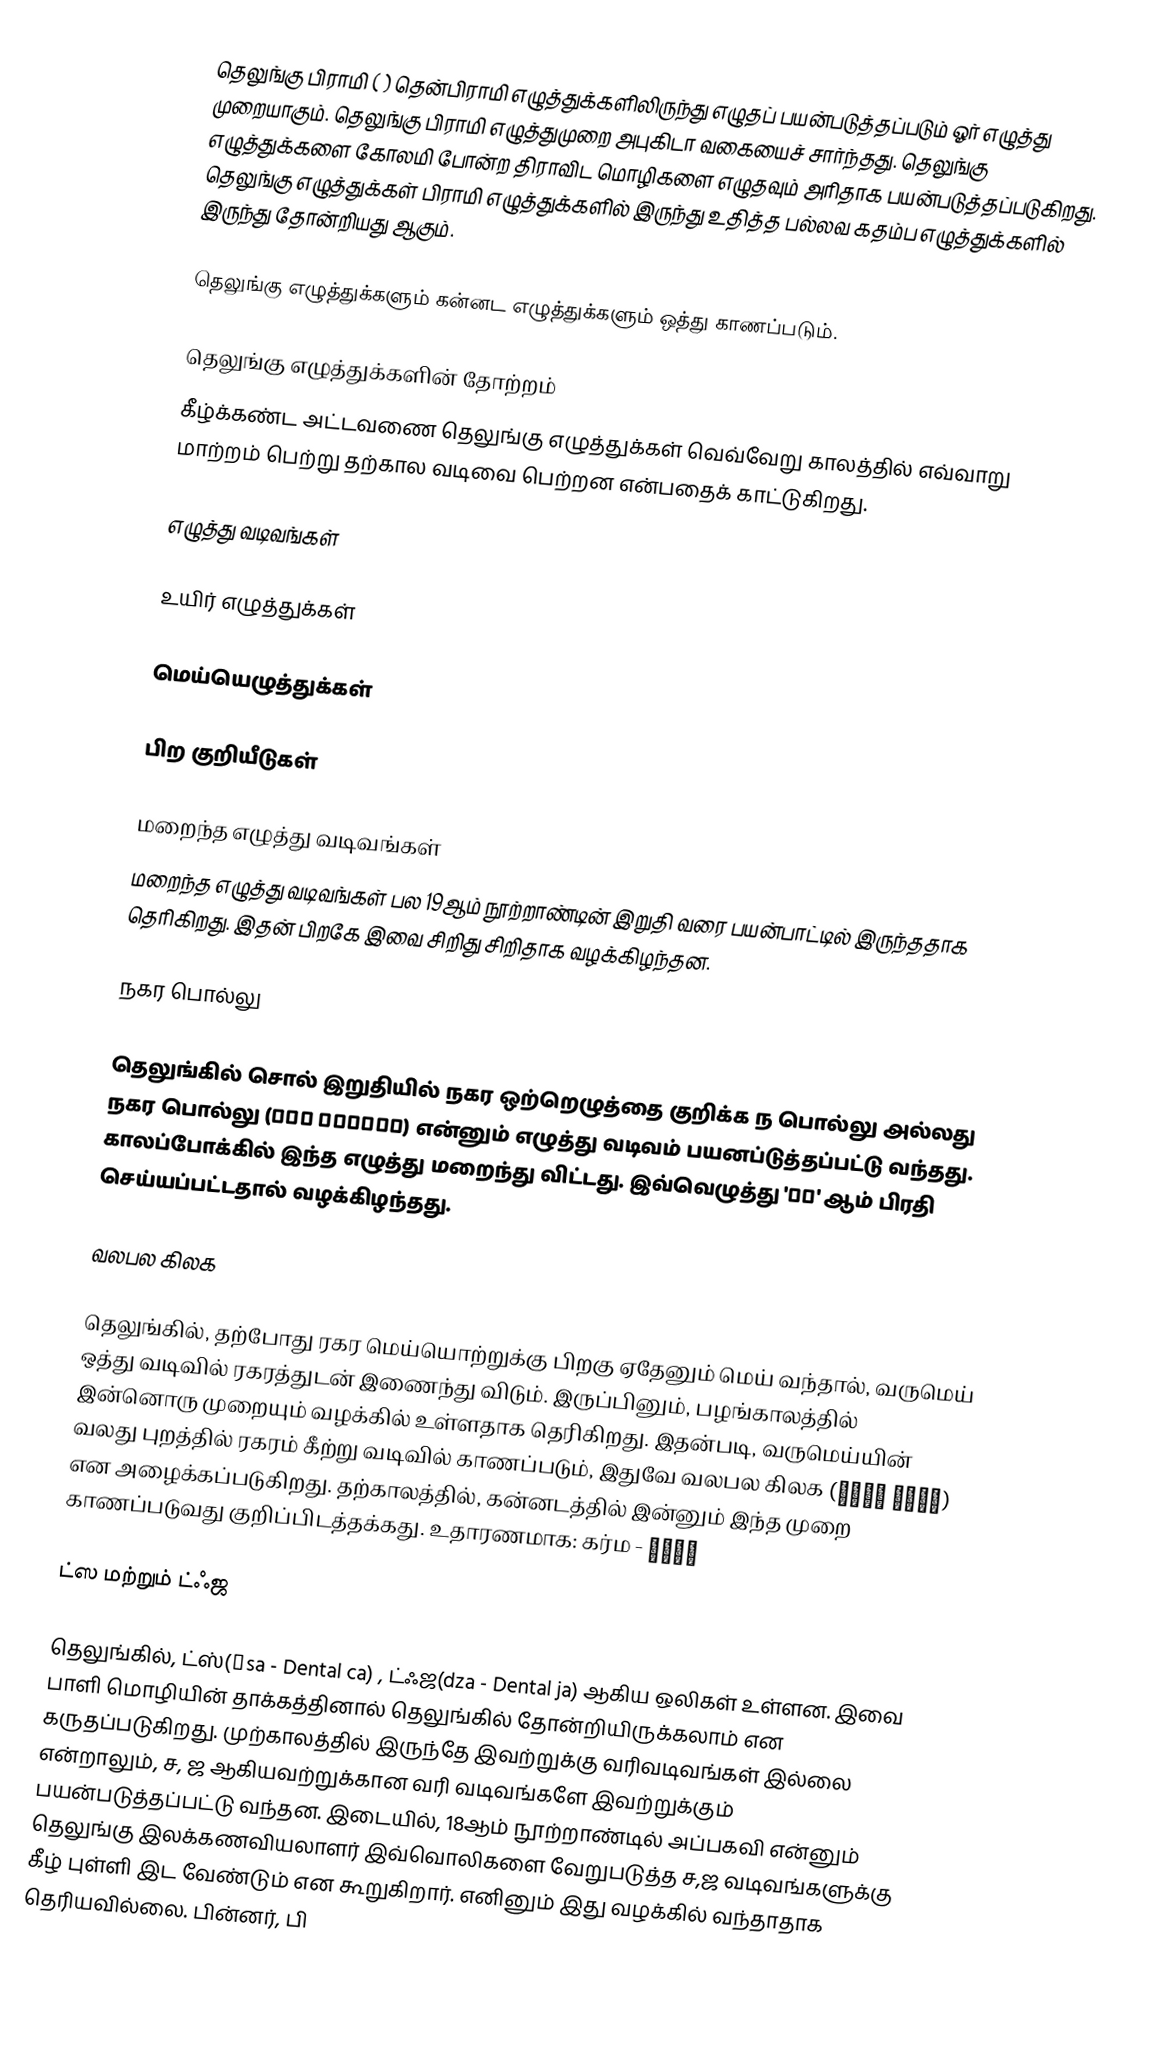
தெலுங்கு பிராமி (  )  தென்பிராமி எழுத்துக்களிலிருந்து எழுதப் பயன்படுத்தப்படும் ஓர் எழுத்து முறையாகும். தெலுங்கு பிராமி எழுத்துமுறை அபுகிடா வகையைச் சார்ந்தது. தெலுங்கு எழுத்துக்களை கோலமி போன்ற திராவிட மொழிகளை எழுதவும் அரிதாக பயன்படுத்தப்படுகிறது. தெலுங்கு எழுத்துக்கள் பிராமி எழுத்துக்களில் இருந்து உதித்த பல்லவ கதம்ப எழுத்துக்களில் இருந்து தோன்றியது ஆகும்.

தெலுங்கு எழுத்துக்களும் கன்னட எழுத்துக்களும் ஒத்து காணப்படும்.

தெலுங்கு எழுத்துக்களின் தோற்றம்
கீழ்க்கண்ட அட்டவணை தெலுங்கு எழுத்துக்கள் வெவ்வேறு காலத்தில் எவ்வாறு மாற்றம் பெற்று தற்கால வடிவை பெற்றன என்பதைக் காட்டுகிறது.

எழுத்து வடிவங்கள்

உயிர் எழுத்துக்கள்

மெய்யெழுத்துக்கள்

பிற குறியீடுகள்

மறைந்த எழுத்து வடிவங்கள்
மறைந்த எழுத்து வடிவங்கள் பல 19ஆம் நூற்றாண்டின் இறுதி வரை பயன்பாட்டில் இருந்ததாக தெரிகிறது. இதன் பிறகே இவை சிறிது சிறிதாக வழக்கிழந்தன.

நகர பொல்லு

தெலுங்கில் சொல் இறுதியில் நகர ஒற்றெழுத்தை குறிக்க ந பொல்லு அல்லது நகர பொல்லு (వకర పొల్లు) என்னும் எழுத்து வடிவம் பயனப்டுத்தப்பட்டு வந்தது. காலப்போக்கில் இந்த எழுத்து மறைந்து விட்டது. இவ்வெழுத்து 'న్' ஆம் பிரதி செய்யப்பட்டதால் வழக்கிழந்தது.

வலபல கிலக

தெலுங்கில், தற்போது ரகர மெய்யொற்றுக்கு பிறகு ஏதேனும் மெய் வந்தால், வருமெய் ஒத்து வடிவில் ரகரத்துடன் இணைந்து விடும். இருப்பினும், பழங்காலத்தில் இன்னொரு முறையும் வழக்கில் உள்ளதாக தெரிகிறது. இதன்படி, வருமெய்யின் வலது புறத்தில் ரகரம் கீற்று வடிவில் காணப்படும், இதுவே வலபல கிலக (వలపల గిలక) என அழைக்கப்படுகிறது. தற்காலத்தில், கன்னடத்தில் இன்னும் இந்த முறை காணப்படுவது குறிப்பிடத்தக்கது. உதாரணமாக: கர்ம - ಕರ್ಮ

ட்ஸ மற்றும் ட்ஃஜ

தெலுங்கில், ட்ஸ்(ṭsa - Dental ca) , ட்ஃஜ(dza - Dental ja) ஆகிய ஒலிகள் உள்ளன. இவை பாளி மொழியின் தாக்கத்தினால் தெலுங்கில் தோன்றியிருக்கலாம் என கருதப்படுகிறது. முற்காலத்தில் இருந்தே இவற்றுக்கு வரிவடிவங்கள் இல்லை என்றாலும், ச, ஜ ஆகியவற்றுக்கான வரி வடிவங்களே இவற்றுக்கும் பயன்படுத்தப்பட்டு வந்தன. இடையில், 18ஆம் நூற்றாண்டில் அப்பகவி என்னும் தெலுங்கு இலக்கணவியலாளர் இவ்வொலிகளை வேறுபடுத்த ச,ஜ வடிவங்களுக்கு கீழ் புள்ளி இட வேண்டும் என கூறுகிறார். எனினும் இது வழக்கில் வந்தாதாக தெரியவில்லை. பின்னர், பி